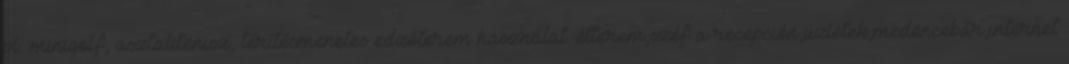
pl: minigolf, asztalitenisz, térítésmenetes edzőterem használat. étterem,széf a recepción,üzletek,medencebár,internet